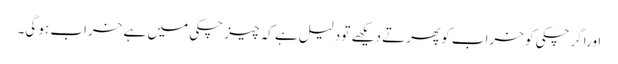
اوراگرچکی کو خراب کو پھرتے دیکھے تو دلیل ہے کہ چیز چکی میں ہے خراب ہو گی۔